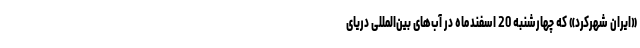
«ایران شهرکرد» که چهارشنبه 20 اسفندماه در آب‌های بین‌المللی دریای